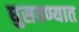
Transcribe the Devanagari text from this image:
घुसवण्यात